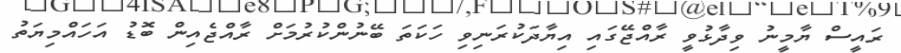
ރައީސް ޔާމީނު ވިދާޅުވީ ރާއްޖޭގައި އިޔާދަކުރަނިވި ހަކަތަ ބޭނުންކުރުމަށް ރާއްޖެއިން ބޮޑު އަހައްމިޔަތު